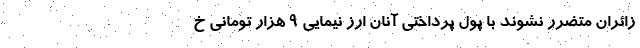
زائران متضرر نشوند با پول پرداختی آنان ارز نیمایی ۹ هزار تومانی خ